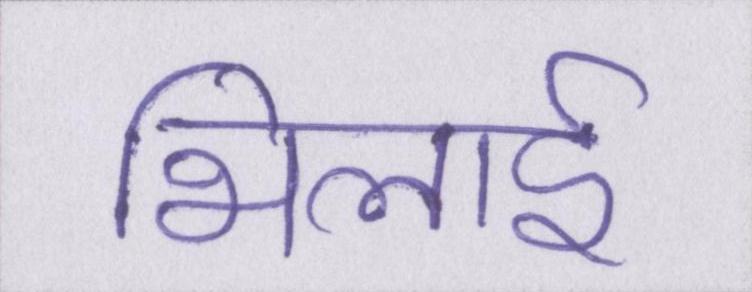
भिलाई